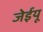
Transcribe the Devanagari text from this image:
जेईयू